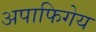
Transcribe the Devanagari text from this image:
अपाफिगेय